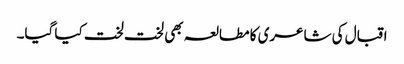
اقبال کی شاعری کا مطالعہ بھی لخت لخت کیا گیا۔